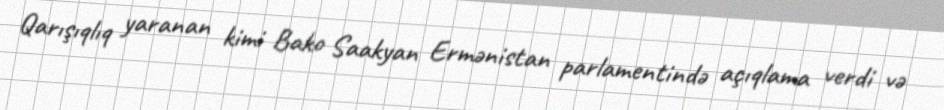
Qarışıqlıq yaranan kimi Bako Saakyan Ermənistan parlamentində açıqlama verdi və